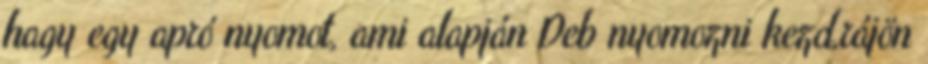
hagy egy apró nyomot, ami alapján Deb nyomozni kezd,rájön